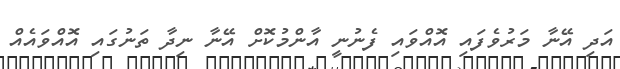
އަދި އޭނާ މަރުވެފައި އޮއްވައި ފެނުނީ އާންމުކޮށް އޭނާ ނިދާ ތަނުގައި އޮއްވައެއް